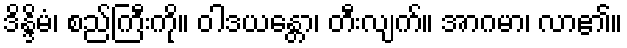
ဒိန္ဒိမံ၊ စည်ကြီးကို။ ဝါဒယန္တော၊ တီးလျက်။ အာဂမာ၊ လာ၏။